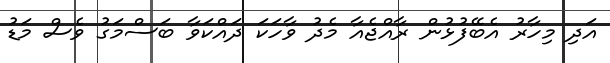
އަދި މިހާރު އެބޭފުޅުން ރާއްޖެއާ މެދު ވާހަކަ ދައްކަވާ ބަސްމަގު ވެސް މަޑު